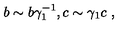
b \sim b \gamma _ { 1 } ^ { - 1 } , c \sim \gamma _ { 1 } c \ ,